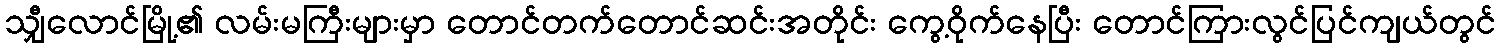
သျှီလောင်မြို့၏ လမ်းမကြီးများမှာ တောင်တက်တောင်ဆင်းအတိုင်း ကွေ့ဝိုက်နေပြီး တောင်ကြားလွင်ပြင်ကျယ်တွင်